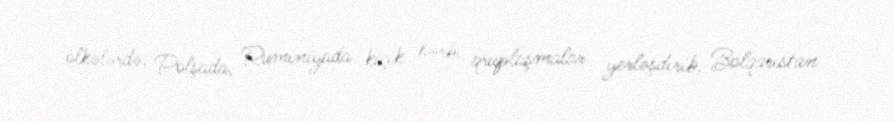
ölkələrdə, Polşada, Rumıniyada kiçik hərbi qruplaşmalar yerləşdirib, Bolqarıstan